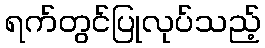
ရက်တွင်ပြုလုပ်သည့်